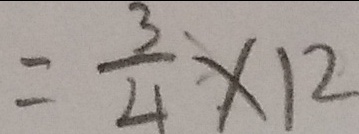
= \frac { 3 } { 4 } \times 1 2